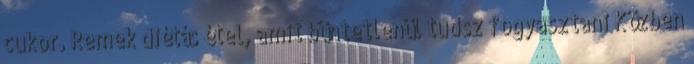
cukor. Remek diétás étel, amit büntetlenül tudsz fogyasztani Közben